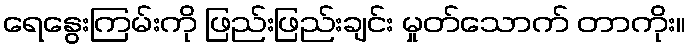
ရေနွေးကြမ်းကို ဖြည်းဖြည်းချင်း မှုတ်သောက် တာကိုး။